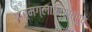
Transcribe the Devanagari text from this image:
आत्मग्लानिस्वरूप